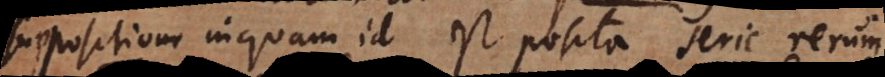
positione inquam id est posita serie rerum.